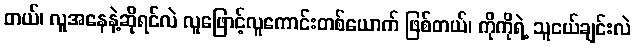
တယ်၊ လူအနေနဲ့ဆိုရင်လဲ လူဖြောင့်လူကောင်းတစ်ယောက် ဖြစ်တယ်၊ ကိုကိုရဲ့ သူငယ်ချင်းလဲ